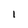
Character: l